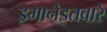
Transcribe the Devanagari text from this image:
इमानेइतबारे